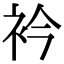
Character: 衿